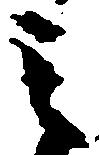
之